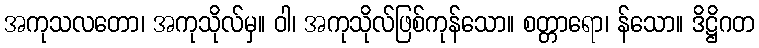
အကုသလတော၊ အကုသိုလ်မှ။ ဝါ၊ အကုသိုလ်ဖြစ်ကုန်သော။ စတ္တာရော၊ န်သော။ ဒိဋ္ဌိဂတ